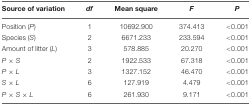
| Source of variation | df | Mean square | F | P |
 | --- | --- | --- | --- | --- |
 | Position (P) | 1 | 10692.900 | 374.413 | <0.001 |
 | Species (S) | 2 | 6671.233 | 233.594 | <0.001 |
 | Amount of litter (L) | 3 | 578.885 | 20.270 | <0.001 |
 | P × S | 2 | 1922.533 | 67.318 | <0.001 |
 | P × L | 3 | 1327.152 | 46.470 | <0.001 |
 | S × L | 6 | 127.919 | 4.479 | <0.001 |
 | P × S × L | 6 | 261.930 | 9.171 | <0.001 |